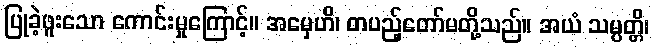
ပြုခဲ့ဖူးသော ကောင်းမှုကြောင့်။ အမှေဟိ၊ တပည့်တော်မတို့သည်။ အယံ သမ္ပတ္တိ၊